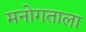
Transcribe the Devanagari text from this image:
मनोगताला